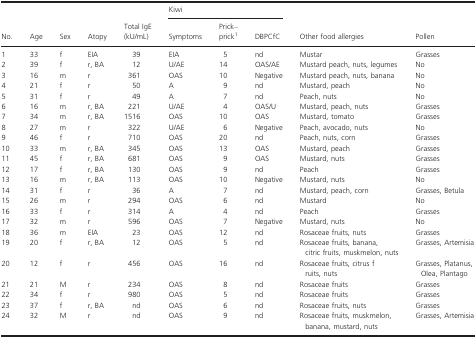
<table><thead><tr><td></td><td></td><td></td><td></td><td></td><td colspan="3"><b>Kiwi</b></td><td></td><td></td></tr><tr><td><b>No.</b></td><td><b>Age</b></td><td><b>Sex</b></td><td><b>Atopy</b></td><td><b>Total IgE (kU/mL)</b></td><td><b>Symptoms</b></td><td><b>Prick–prick1</b></td><td><b>DBPCfC</b></td><td><b>Other food allergies</b></td><td><b>Pollen</b></td></tr></thead><tbody><tr><td>1</td><td>33</td><td>f</td><td>EIA</td><td>39</td><td>EIA</td><td>5</td><td>nd</td><td>Mustar</td><td>Grasses</td></tr><tr><td>2</td><td>39</td><td>f</td><td>r, BA</td><td>12</td><td>U/AE</td><td>14</td><td>OAS/AE</td><td>Mustard peach, nuts, legumes</td><td>No</td></tr><tr><td>3</td><td>16</td><td>m</td><td>r</td><td>361</td><td>OAS</td><td>10</td><td>Negative</td><td>Mustard peach, nuts, banana</td><td>No</td></tr><tr><td>4</td><td>21</td><td>f</td><td>r</td><td>50</td><td>A</td><td>9</td><td>nd</td><td>Mustard, peach</td><td>No</td></tr><tr><td>5</td><td>31</td><td>f</td><td>r</td><td>49</td><td>A</td><td>7</td><td>nd</td><td>Peach, nuts</td><td>No</td></tr><tr><td>6</td><td>16</td><td>m</td><td>r, BA</td><td>221</td><td>U/AE</td><td>4</td><td>OAS/U</td><td>Mustard, peach, nuts</td><td>Grasses</td></tr><tr><td>7</td><td>34</td><td>m</td><td>r, BA</td><td>1516</td><td>OAS</td><td>10</td><td>OAS</td><td>Mustard, tomato</td><td>Grasses</td></tr><tr><td>8</td><td>27</td><td>m</td><td>r</td><td>322</td><td>U/AE</td><td>6</td><td>Negative</td><td>Peach, avocado, nuts</td><td>No</td></tr><tr><td>9</td><td>46</td><td>f</td><td>r</td><td>710</td><td>OAS</td><td>20</td><td>nd</td><td>Peach, nuts, corn</td><td>Grasses</td></tr><tr><td>10</td><td>33</td><td>m</td><td>r, BA</td><td>345</td><td>OAS</td><td>13</td><td>OAS</td><td>Mustard, peach</td><td>Grasses</td></tr><tr><td>11</td><td>45</td><td>f</td><td>r, BA</td><td>681</td><td>OAS</td><td>9</td><td>OAS</td><td>Mustard, nuts</td><td>Grasses</td></tr><tr><td>12</td><td>17</td><td>f</td><td>r, BA</td><td>130</td><td>OAS</td><td>9</td><td>nd</td><td>Peach</td><td>Grasses</td></tr><tr><td>13</td><td>16</td><td>m</td><td>r, BA</td><td>113</td><td>OAS</td><td>10</td><td>Negative</td><td>Mustard, nuts</td><td>No</td></tr><tr><td>14</td><td>31</td><td>f</td><td>r</td><td>36</td><td>A</td><td>7</td><td>nd</td><td>Mustard, peach, corn</td><td>Grasses, Betula</td></tr><tr><td>15</td><td>26</td><td>m</td><td>r</td><td>294</td><td>OAS</td><td>6</td><td>nd</td><td>Mustard</td><td>No</td></tr><tr><td>16</td><td>33</td><td>f</td><td>r</td><td>314</td><td>A</td><td>4</td><td>nd</td><td>Peach</td><td>Grasses</td></tr><tr><td>17</td><td>32</td><td>m</td><td>r</td><td>596</td><td>OAS</td><td>7</td><td>Negative</td><td>Mustard, nuts</td><td>No</td></tr><tr><td>18</td><td>36</td><td>m</td><td>EIA</td><td>23</td><td>OAS</td><td>12</td><td>nd</td><td>Rosaceae fruits, nuts</td><td>Grasses</td></tr><tr><td>19</td><td>20</td><td>f</td><td>r, BA</td><td>12</td><td>OAS</td><td>5</td><td>nd</td><td>Rosaceae fruits, banana, citric fruits, muskmelon, nuts</td><td>Grasses, Artemisia</td></tr><tr><td>20</td><td>12</td><td>f</td><td>r</td><td>456</td><td>OAS</td><td>16</td><td>nd</td><td>Rosaceae fruits, citrus fruits, nuts</td><td>Grasses, Platanus, Olea, Plantago</td></tr><tr><td>21</td><td>21</td><td>M</td><td>r</td><td>234</td><td>OAS</td><td>8</td><td>nd</td><td>Rosaceae fruits</td><td>Grasses</td></tr><tr><td>22</td><td>34</td><td>f</td><td>r</td><td>980</td><td>OAS</td><td>5</td><td>nd</td><td>Rosaceae fruits</td><td>Grasses</td></tr><tr><td>23</td><td>37</td><td>f</td><td>r, BA</td><td>nd</td><td>OAS</td><td>6</td><td>nd</td><td>Rosaceae fruits, nuts</td><td>Grasses</td></tr><tr><td>24</td><td>32</td><td>M</td><td>r</td><td>nd</td><td>OAS</td><td>9</td><td>nd</td><td>Rosaceae fruits, muskmelon, banana, mustard, nuts</td><td>Grasses, Artemisia</td></tr></tbody></table>